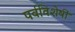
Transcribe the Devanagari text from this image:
पर्वविशेषीं